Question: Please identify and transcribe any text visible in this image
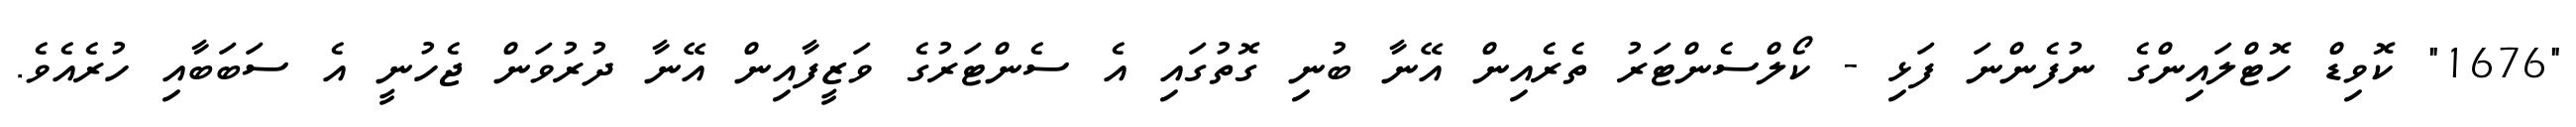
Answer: "1676" ކޮވިޑް ހޮޓްލައިންގެ ނުފެންނަ ފަޅި - ކޯލްސެންޓަރު ތެރެއިން އޭނާ ބުނި ގޮތުގައި އެ ސެންޓަރުގެ ވަޒީފާއިން އޭނާ ދުރުވަން ޖެހުނީ އެ ސަބަބާއި ހުރެއެވެ.